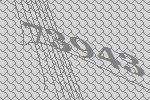
73943